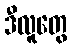
ဒီလူတွေ